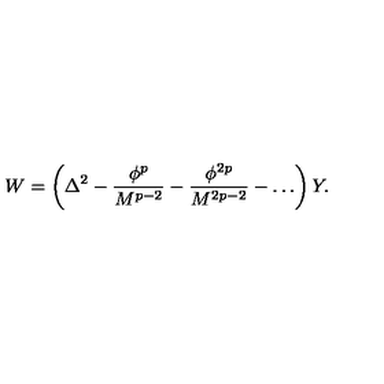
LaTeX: W = \left( \Delta ^ { 2 } - \frac { \phi ^ { p } } { M ^ { p - 2 } } - \frac { \phi ^ { 2 p } } { M ^ { 2 p - 2 } } - \dots \right) Y .